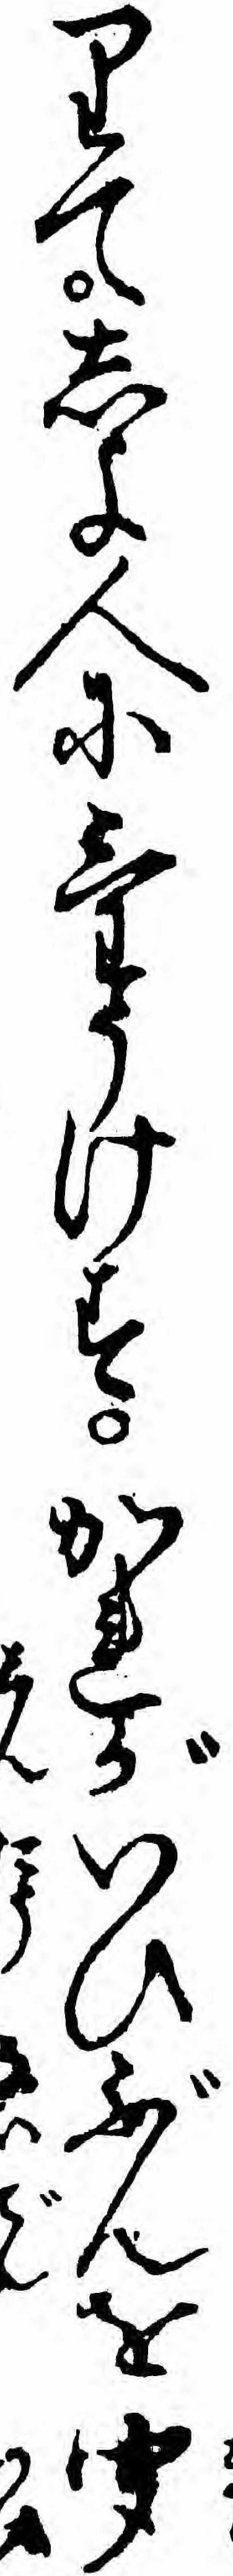
りてしよ人にけうけすかれがいひぶんを聞